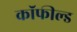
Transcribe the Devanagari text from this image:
कॉफील्ड